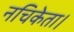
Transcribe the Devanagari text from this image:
नचिकेता।